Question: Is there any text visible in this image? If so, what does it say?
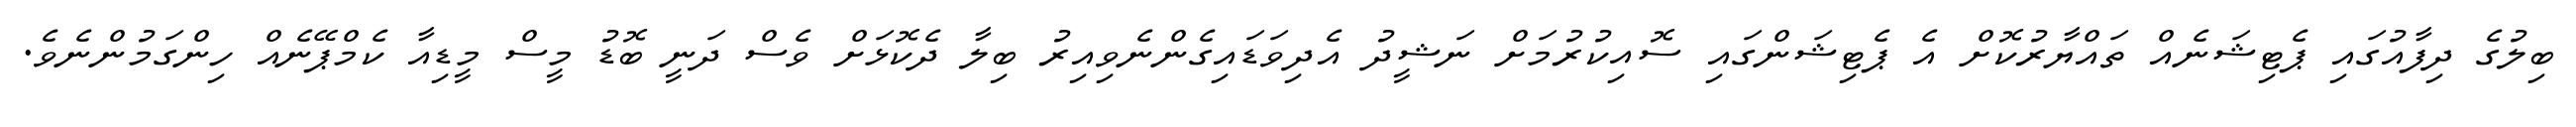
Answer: ބިލުގެ ދިފާއުގައި ޕެޓިޝަނެއް ތައްޔާރުކޮށް އެ ޕެޓިޝަންގައި ސޮއިކުރުމަށް ނަޝީދު އެދިވަޑައިގެންނެވިއިރު ބިލާ ދެކޮޅަށް ވެސް ދަނީ ބޮޑު މީސް މީޑިއާ ކެމްޕޭނެއް ހިންގަމުންނެވެ.